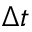
\Delta t